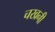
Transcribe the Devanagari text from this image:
चखनी